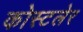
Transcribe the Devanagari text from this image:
कोस्टलेर